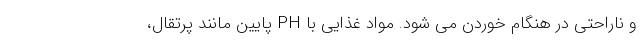
و ناراحتی در هنگام خوردن می شود. مواد غذایی با PH پایین مانند پرتقال،